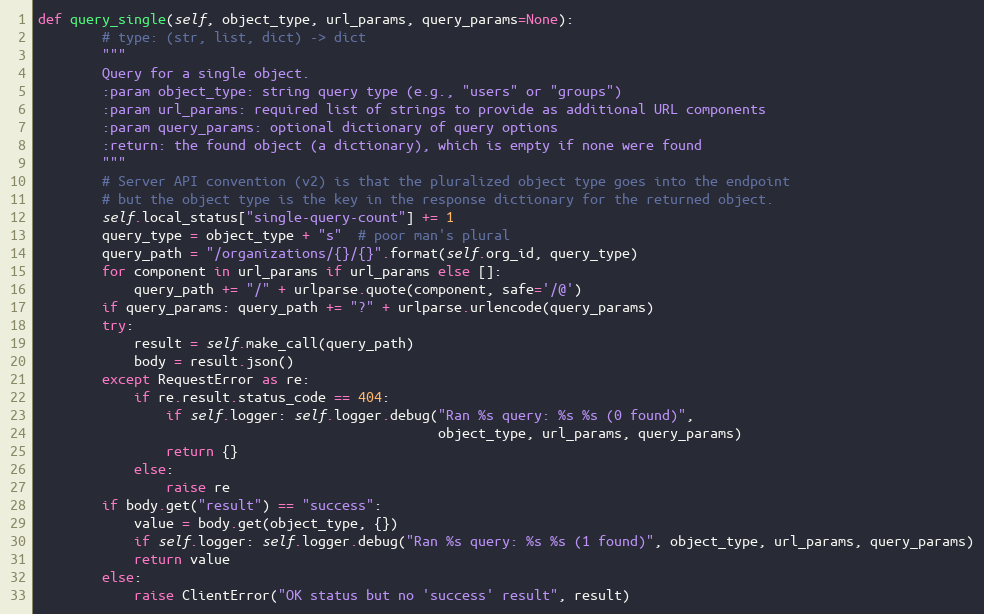
Language: Python
def query_single(self, object_type, url_params, query_params=None):
        # type: (str, list, dict) -> dict
        """
        Query for a single object.
        :param object_type: string query type (e.g., "users" or "groups")
        :param url_params: required list of strings to provide as additional URL components
        :param query_params: optional dictionary of query options
        :return: the found object (a dictionary), which is empty if none were found
        """
        # Server API convention (v2) is that the pluralized object type goes into the endpoint
        # but the object type is the key in the response dictionary for the returned object.
        self.local_status["single-query-count"] += 1
        query_type = object_type + "s"  # poor man's plural
        query_path = "/organizations/{}/{}".format(self.org_id, query_type)
        for component in url_params if url_params else []:
            query_path += "/" + urlparse.quote(component, safe='/@')
        if query_params: query_path += "?" + urlparse.urlencode(query_params)
        try:
            result = self.make_call(query_path)
            body = result.json()
        except RequestError as re:
            if re.result.status_code == 404:
                if self.logger: self.logger.debug("Ran %s query: %s %s (0 found)",
                                                  object_type, url_params, query_params)
                return {}
            else:
                raise re
        if body.get("result") == "success":
            value = body.get(object_type, {})
            if self.logger: self.logger.debug("Ran %s query: %s %s (1 found)", object_type, url_params, query_params)
            return value
        else:
            raise ClientError("OK status but no 'success' result", result)